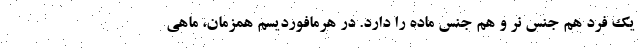
یک فرد هم جنس نر و هم جنس ماده را دارد. در هرمافوردیسم همزمان، ماهی